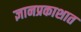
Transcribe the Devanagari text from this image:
ज्ञानप्रकाशात